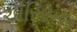
ઍરિયલ